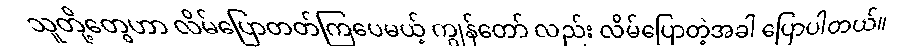
သူတို့တွေဟာ လိမ်ပြောတတ်ကြပေမယ့် ကျွန်တော် လည်း လိမ်ပြောတဲ့အခါ ပြောပါတယ်။